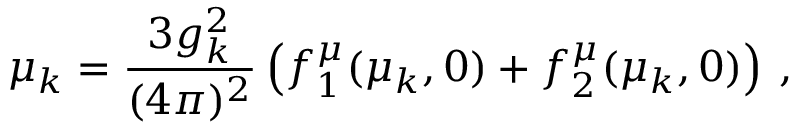
\mu _ { k } = \frac { 3 g _ { k } ^ { 2 } } { ( 4 \pi ) ^ { 2 } } \left( f _ { 1 } ^ { \mu } ( \mu _ { k } , 0 ) + f _ { 2 } ^ { \mu } ( \mu _ { k } , 0 ) \right) \: ,